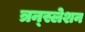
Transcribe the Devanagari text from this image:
त्रन्स्लेशन